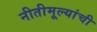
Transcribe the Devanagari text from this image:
नीतीमूल्यांची